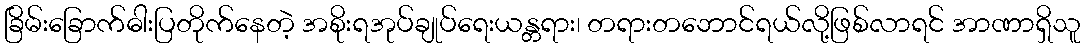
ခြိမ်းခြောက်ဓါးပြတိုက်နေတဲ့ အစိုးရအုပ်ချုပ်ရေးယန္တရား၊ တရားတဘောင်ရယ်လို့ဖြစ်လာရင် အာဏာရှိသူ